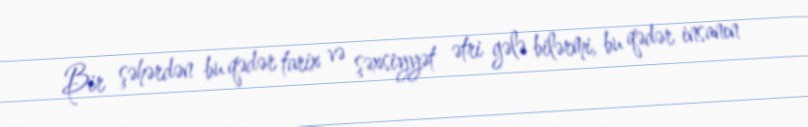
Bir şəhərdən bu qədər tarix və şəxsiyyət ətri gələ bilərmi, bu qədər insanın